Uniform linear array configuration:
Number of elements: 64
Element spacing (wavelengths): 0.5
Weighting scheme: cosine
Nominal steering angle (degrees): -60
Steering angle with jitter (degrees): -59.847
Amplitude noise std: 0.05
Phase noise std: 0.05

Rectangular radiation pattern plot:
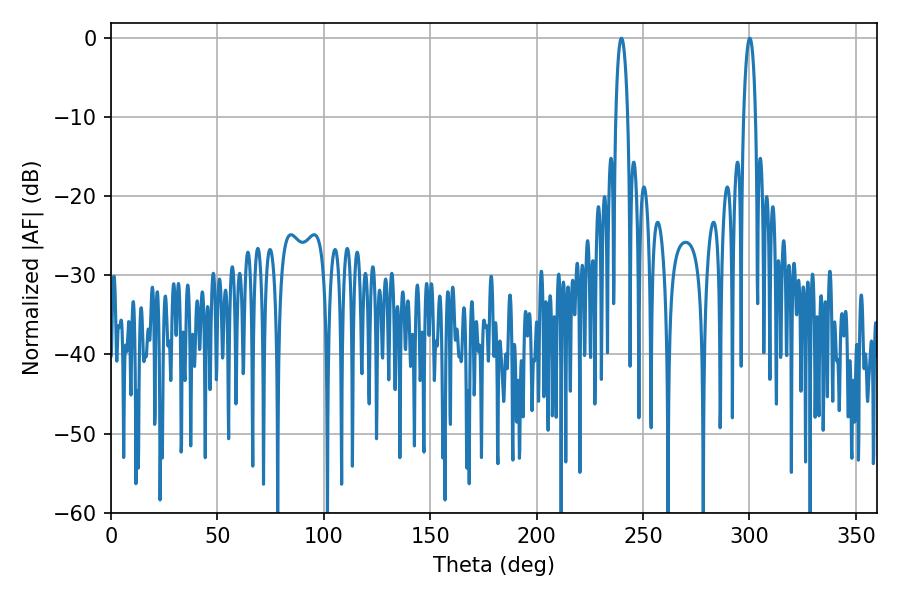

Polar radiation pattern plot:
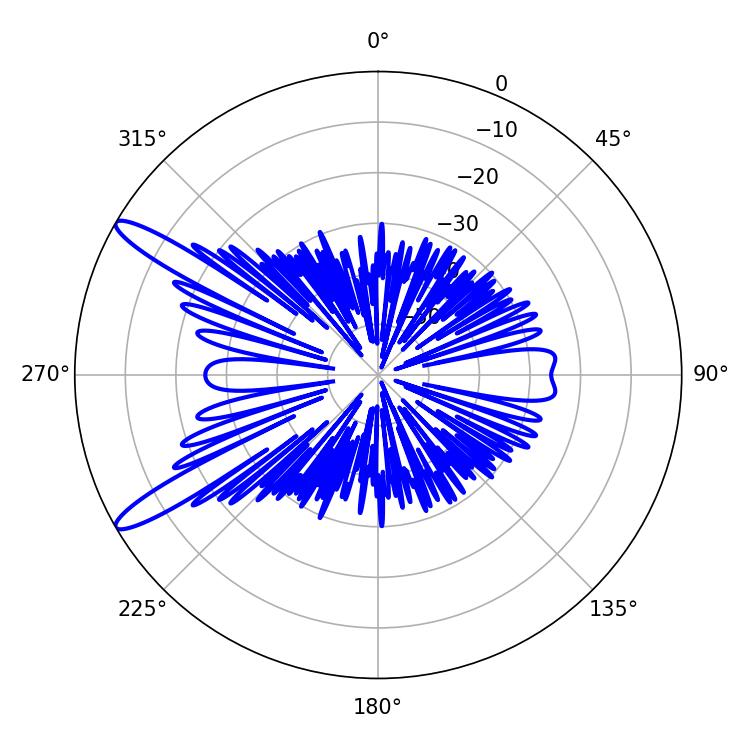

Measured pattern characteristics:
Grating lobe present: FALSE
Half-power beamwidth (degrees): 3.06
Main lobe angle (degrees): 300.06